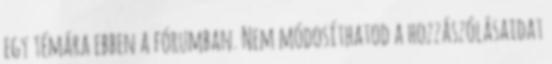
egy témára ebben a fórumban. Nem módosíthatod a hozzászólásaidat